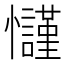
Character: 𢥢